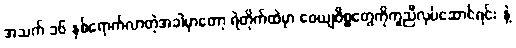
အသက် ၁၆ နှစ်ရောက်လာတဲ့အခါမှာတော့ ရဲတိုက်ထဲမှာ ဝေယျဝိစ္စတွေကိုကူညီလုပ်ဆောင်ရင်း နဲ့